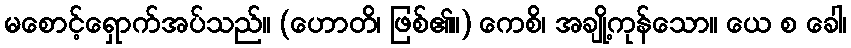
မစောင့်ရှောက်အပ်သည်။ (ဟောတိ၊ ဖြစ်၏။) ကေစိ၊ အချို့ကုန်သော။ ယေ စ ခေါ၊